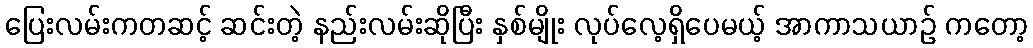
ပြေးလမ်းကတဆင့် ဆင်းတဲ့ နည်းလမ်းဆိုပြီး နှစ်မျိုး လုပ်လေ့ရှိပေမယ့် အာကာသယာဉ် ကတော့